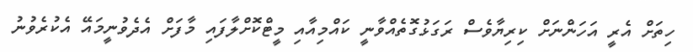
ހިތަށް އެރީ އަހަންނަށް ކިރިޔާވެސް ރަގަޅުގޮތެއްވާނީ ކައްމިއާއި މީޓްކޮށްލާފައި މާފަށް އެދެވުނީމައޭ އެކުރެވުނު